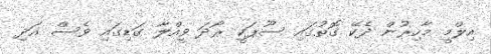
އިލްމީ މާހިރުން ދެކޭ ގޮތުގައި ސޫޕަކީ ރޯދަ ވީއްލާ ގަޑިގައި ވެސް އަދި